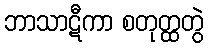
ဘာသာဋီကာ စတုတ္ထတွဲ